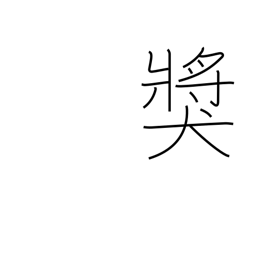
Meaning: prize